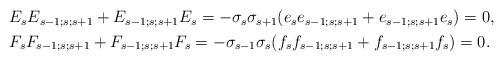
LaTeX: \begin{align*}\begin{aligned}&E_sE_{s-1;s;s+1}+E_{s-1;s;s+1}E_s=-\sigma_s\sigma_{s+1}(e_se_{s-1;s;s+1}+e_{s-1;s;s+1}e_s)=0,\\&F_sF_{s-1;s;s+1}+F_{s-1;s;s+1}F_s=-\sigma_{s-1}\sigma_{s}(f_sf_{s-1;s;s+1}+f_{s-1;s;s+1}f_s)=0.\end{aligned}\end{align*}